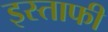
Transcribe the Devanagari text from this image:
इस्ताफी